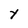
Character: Y